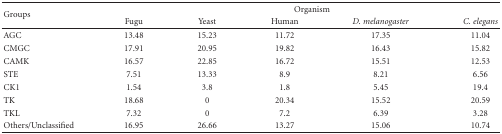
<table><thead><tr><td rowspan="2"><b>Groups</b></td><td colspan="5"><b>Organism</b></td></tr><tr><td><b>Fugu</b></td><td><b>Yeast</b></td><td><b>Human</b></td><td><b><i>D. melanogaster</i></b></td><td><b><i>C. elegans</i></b></td></tr></thead><tbody><tr><td>AGC</td><td>13.48</td><td>15.23</td><td>11.72</td><td>17.35</td><td>11.04</td></tr><tr><td>CMGC</td><td>17.91</td><td>20.95</td><td>19.82</td><td>16.43</td><td>15.82</td></tr><tr><td>CAMK</td><td>16.57</td><td>22.85</td><td>16.72</td><td>15.51</td><td>12.53</td></tr><tr><td>STE</td><td>7.51</td><td>13.33</td><td>8.9</td><td>8.21</td><td>6.56</td></tr><tr><td>CK1</td><td>1.54</td><td>3.8</td><td>1.8</td><td>5.45</td><td>19.4</td></tr><tr><td>TK</td><td>18.68</td><td>0</td><td>20.34</td><td>15.52</td><td>20.59</td></tr><tr><td>TKL</td><td>7.32</td><td>0</td><td>7.2</td><td>6.39</td><td>3.28</td></tr><tr><td>Others/Unclassified</td><td>16.95</td><td>26.66</td><td>13.27</td><td>15.06</td><td>10.74</td></tr></tbody></table>